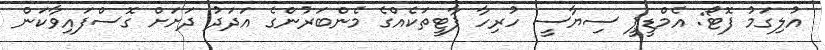
އުލިގަމު ފޮޓޯ: އެމްޑީޕީ ސިޔާސީ ހުރިހާ ޕާޓީތަކެއްގެ މެންބަރުންގެ އަދަދު ދަށަށް ގޮސްފައިވާކަން